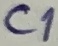
Text: C1